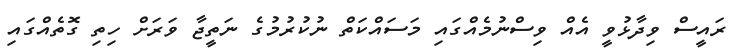
ރައީސް ވިދާޅުވީ އެއް ވިސްނުމެއްގައި މަސައްކަތް ނުކުރުމުގެ ނަތީޖާ ވަރަށް ހިތި ގޮތެއްގައި